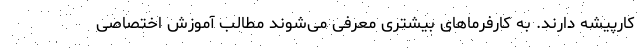
کارپیشه دارند. به کارفرماهای بیشتری معرفی می‌شوند مطالب آموزش اختصاصی